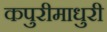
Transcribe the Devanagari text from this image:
कपुरीमाधुरी